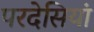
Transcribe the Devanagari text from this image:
परदेसियां